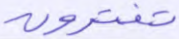
تفترون